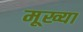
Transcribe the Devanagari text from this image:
मूख्या